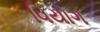
વિયોગ